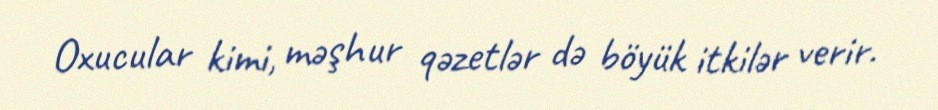
Oxucular kimi, məşhur qəzetlər də böyük itkilər verir.